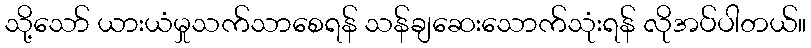
သို့သော် ယားယံမှုသက်သာစေရန် သန်ချဆေးသောက်သုံးရန် လိုအပ်ပါတယ်။